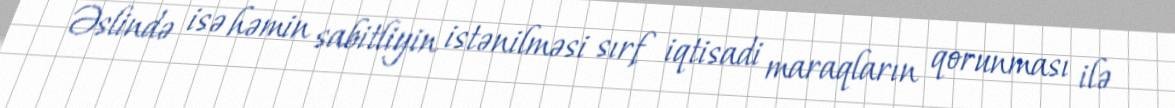
Əslində isə həmin sabitliyin istənilməsi sırf iqtisadi maraqların qorunması ilə